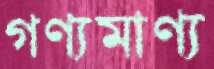
গণ্যমাণ্য